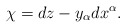
\begin{align*} \chi= dz-y_\alpha dx^\alpha. \end{align*}